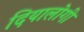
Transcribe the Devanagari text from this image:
दियालोगी